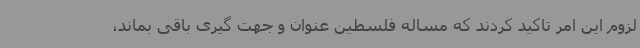
لزوم این امر تاکید کردند که مساله فلسطین عنوان و جهت گیری باقی بماند،